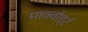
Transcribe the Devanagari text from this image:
मार्क्वार्ड्ट